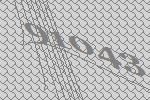
91043